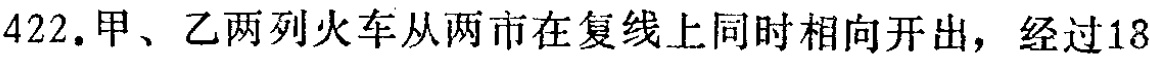
422. 甲、乙两列火车从两市在复线上同时相向开出，经过18